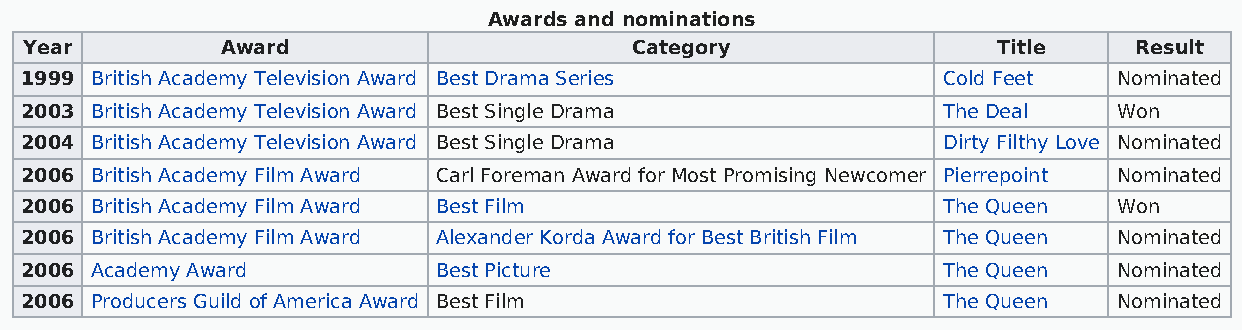
Awards and nominations
 Year         Award                      Category                Title    Result
 1999 British Academy Television Award Best Drama Series      Cold Feet   Nominated
 2003 British Academy Television Award Best Single Drama      The Deal    Won
 2004 British Academy Television Award Best Single Drama      Dirty Filthy Love Nominated
 2006 British Academy Film Award Carl Foreman Award for Most Promising Newcomer Pierrepoint Nominated
 2006 British Academy Film Award Best Film                    The Queen   Won
 2006 British Academy Film Award Alexander Korda Award for Best British Film The Queen Nominated
 2006 Academy Award          Best Picture                     The Queen   Nominated
 2006 Producers Guild of America Award Best Film              The Queen   Nominated